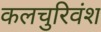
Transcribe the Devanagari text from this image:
कलचुरिवंश